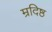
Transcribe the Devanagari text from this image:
म्रदिष्ठ